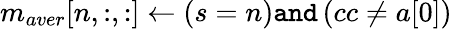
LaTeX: m_{aver}[n,:,:]\gets\left(s=n\right)\texttt{and}\left(cc\neq a[0]\right)